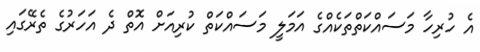
އެ ހުރިހާ މަސައްކަތްތަކެއްގެ އަމަލީ މަސައްކަތް ކުރިއަށް އޮތް ދެ އަހަރުގެ ތެރޭގައި